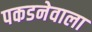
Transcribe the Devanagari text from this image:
पकडनेवाला